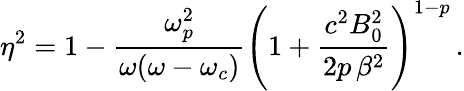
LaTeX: \eta^{2}=1-\frac{\omega_{p}^{2}}{\omega(\omega-\omega_{c})}\left(1+\frac{c^{2}B_{0}^{2}}{2p\, \beta^{2}}\right)^{1-p}\, .